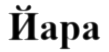
Йара